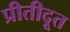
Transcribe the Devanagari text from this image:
प्रीतीदूत